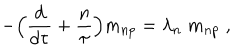
- \Bigr ( { \frac { d } { d \tau } } + { \frac { n } { \tau } } \Bigr ) m _ { n p } = \lambda _ { n } \; m _ { n p } \; ,